Report by Surgeon-Captain Childe, I.M.S. - Part II
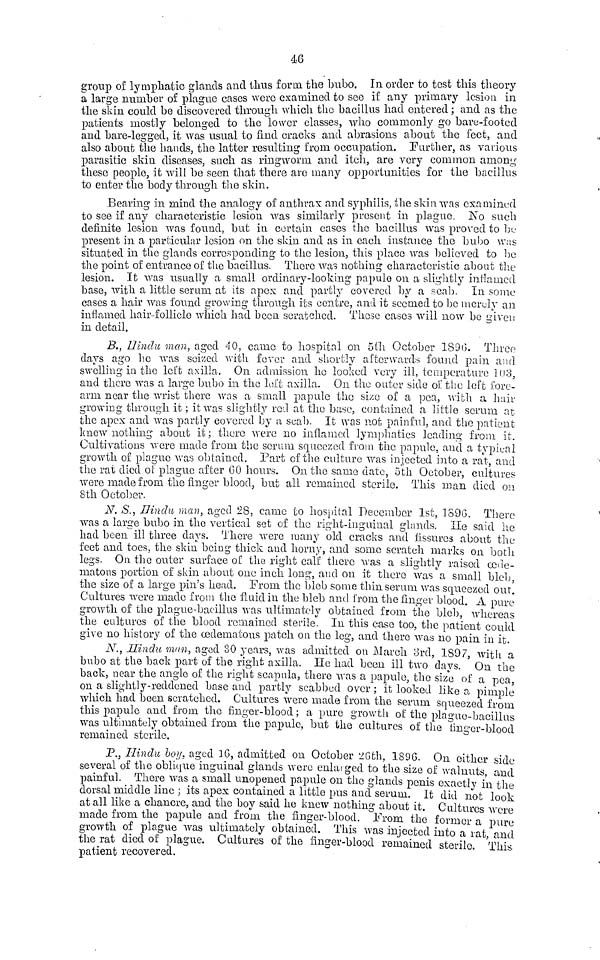
46
group of lymphatic glands and thus form the bubo. In order to test this theory-
si, large number of plague cases were examined to see if any primary lesion in
the skin could be discovered through which the bacillus had entered ; and as the
patients mostly belonged to the lower classes, who commonly go bare-footed
and bare-legged, it was usual to find cracks and abrasions about the feet, and
also about the bands, the latter resulting from occupation. Further, as various
parasitic skin diseases, such as ringworm and itch, are Tory common among
these people, it will be seen that there are many opportunities for the bacillus
to enter the body through the skin.
Bearing in mind the analogy of anthrax and syphilis, the skin was examined
to see if any characteristic lesion was similarly present in plague. No such
definite lesion was found, but in certain cases the bacillus was proved to be
present in a particular lesion on the skin and as in each instance the bubo was
situated in the- glands corresponding to the lesion, this place was believed to be
the point of entrance of the bacillus. There was nothing characteristic about the
lesion. It was usually a small ordinary-looting papule on a slightly inflamed
base, with a little serum at its apex and partly covered by a scab. In some
cases a hair was found growing through its centre, and it seemed to be merely an
inflamed hair-follicle which had been scratched. Those cases will now be given
in detail.
B., IIinclu man, aged 40, came to hospital on 5th October 1890. Three
days ago he was seized with fever and shortly afterwards found pain and
swelling in the left axilla. On admission ho looked very ill, temperature 103,
and there was a large bubo in the left axilla. On the outer side of the left fore-
arm near the wrist there was a small papule the size of a pea, with a hair
growing through it ; it was slightly red at the base, contained a little serum at
the apex and was partly covered by a scab. It was not painful, and the patient
knew nothing about it ; there were no inflamed lymphatics loading from it.
Cultivations were made from the serum squeezed from the papule, and a typical
growth of plague was obtained. Part of the culture was injected into a rat, and
the rat died of plague after CO hours. On the same date, 5th October, cultures
were made from the finger blood, but all remained sterile. This man died on
8th October.
N.S. , Hindu man, aged 28, came to hospital December 1st, 1896. There
was a large bubo in the vertical set of the right-inguinal glands. He said he
had been ill three days. There were many old cracks and fissures about the
feet and toes, the skin being thick and horny, and some scratch marks on both
legs. On the outer surface of the right calf there was a slightly raised code-
matons portion of skin about one inch long, and on it there was a small bleb,
the size of a large pin's head. From the bleb some thin serum was squeezed out.
Cultures were made from the fluid in the bleb and from the finger blood. A pure
growth of the plague-bacillus was ultimately obtained from the bleb, whereas
the cultures of the blood remained sterile. In this case too, the patient could
give no history of the ædematous patch on the leg, and there was no pain in it.
N., Hindu man, aged 30 years, was admitted, on March 3rd, 1897, with a
bubo at the back part of the right axilla. He had been ill two days. On the
back, near the angle of the right scapula, there was a papule, the size of a pea,
on a slightly-reddened base and partly scabbed over ; it looked like a pimple
which had been scratched. Cultures were made from the serum squeezed from
this papule and from the finger-blood ; a pure growth of the plague-bacillus
was ultimately obtained from the papule, but the cultures of the finger-blood
remained sterile.
P., Hindu boy, aged 16, admitted on October 26th, 1896. On either side
several of the oblique inguinal glands were enlarged to the size of walnuts, and
painful. There was a small unopened papule on the glands penis exactly in the
dorsal middle line ; its apes contained a little pus and serum. It did not look
at all like a chancre, and the boy said he knew nothing about it. Cultures were
made from the papule and from the finger-blood. From the former a pure
growth of plague was ultimately obtained. This was injected into a rat and
the rat died of plague. Cultures of the finger-blood remained sterile. This
patient recovered.